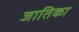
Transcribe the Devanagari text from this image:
जातिका